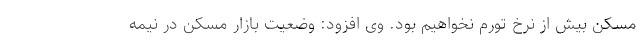
مسکن بیش از نرخ تورم نخواهیم بود. وی افزود: وضعیت بازار مسکن در نیمه